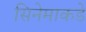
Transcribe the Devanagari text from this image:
सिनेमाकडे